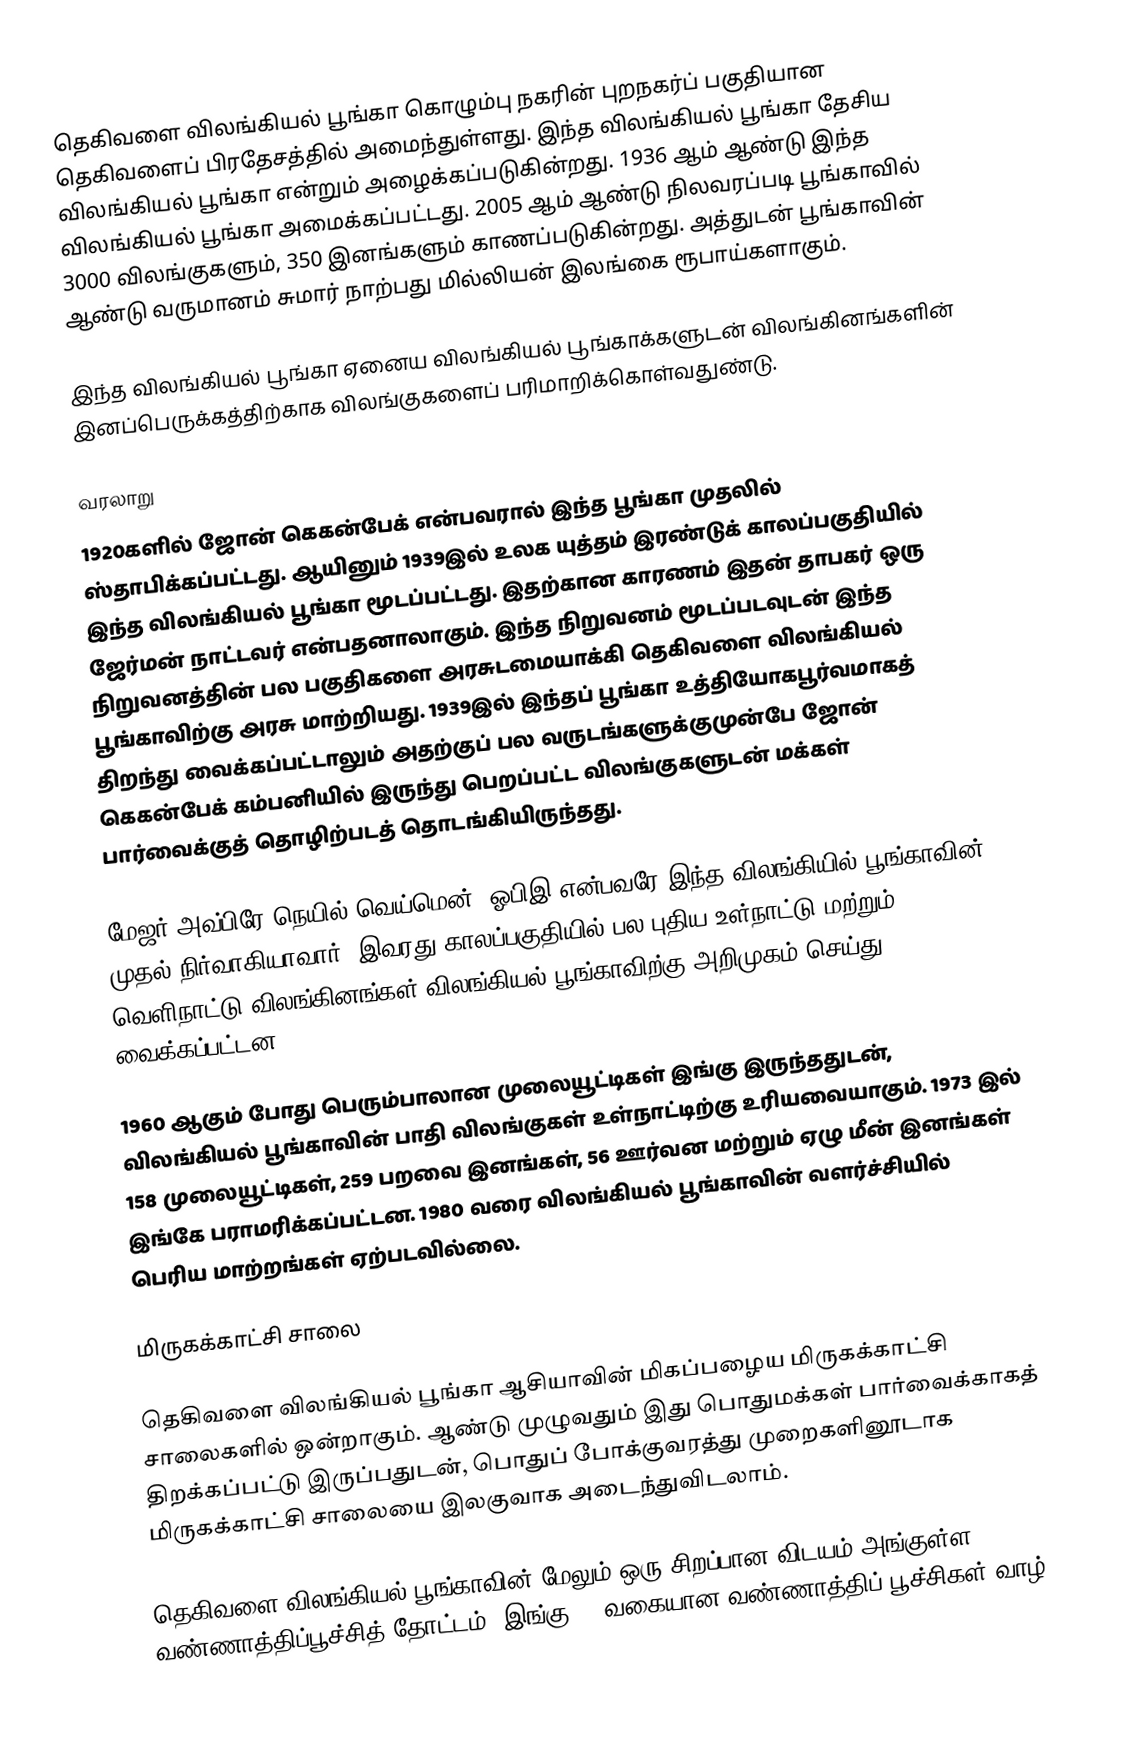
தெகிவளை விலங்கியல் பூங்கா கொழும்பு நகரின் புறநகர்ப் பகுதியான தெகிவளைப் பிரதேசத்தில் அமைந்துள்ளது. இந்த விலங்கியல் பூங்கா தேசிய விலங்கியல் பூங்கா என்றும் அழைக்கப்படுகின்றது. 1936 ஆம் ஆண்டு இந்த விலங்கியல் பூங்கா அமைக்கப்பட்டது. 2005 ஆம் ஆண்டு நிலவரப்படி பூங்காவில் 3000 விலங்குகளும், 350 இனங்களும் காணப்படுகின்றது. அத்துடன் பூங்காவின் ஆண்டு வருமானம் சுமார் நாற்பது மில்லியன் இலங்கை ரூபாய்களாகும்.

இந்த விலங்கியல் பூங்கா ஏனைய விலங்கியல் பூங்காக்களுடன் விலங்கினங்களின் இனப்பெருக்கத்திற்காக விலங்குகளைப் பரிமாறிக்கொள்வதுண்டு.

வரலாறு
1920களில் ஜோன் கெகன்பேக் என்பவரால் இந்த பூங்கா முதலில் ஸ்தாபிக்கப்பட்டது. ஆயினும் 1939இல் உலக யுத்தம் இரண்டுக் காலப்பகுதியில் இந்த விலங்கியல் பூங்கா மூடப்பட்டது. இதற்கான காரணம் இதன் தாபகர் ஒரு ஜேர்மன் நாட்டவர் என்பதனாலாகும். இந்த நிறுவனம் மூடப்படவுடன் இந்த நிறுவனத்தின் பல பகுதிகளை அரசுடமையாக்கி தெகிவளை விலங்கியல் பூங்காவிற்கு அரசு மாற்றியது. 1939இல் இந்தப் பூங்கா உத்தியோகபூர்வமாகத் திறந்து வைக்கப்பட்டாலும் அதற்குப் பல வருடங்களுக்குமுன்பே ஜோன் கெகன்பேக் கம்பனியில் இருந்து பெறப்பட்ட விலங்குகளுடன் மக்கள் பார்வைக்குத் தொழிற்படத் தொடங்கியிருந்தது.

மேஜர் அவ்பிரே நெயில் வெய்மென், ஓபிஇ என்பவரே இந்த விலங்கியில் பூங்காவின் முதல் நிர்வாகியாவார். இவரது காலப்பகுதியில் பல புதிய உள்நாட்டு மற்றும் வெளிநாட்டு விலங்கினங்கள் விலங்கியல் பூங்காவிற்கு அறிமுகம் செய்து வைக்கப்பட்டன.

1960 ஆகும் போது பெரும்பாலான முலையூட்டிகள் இங்கு இருந்ததுடன், விலங்கியல் பூங்காவின் பாதி விலங்குகள் உள்நாட்டிற்கு உரியவையாகும். 1973 இல் 158 முலையூட்டிகள், 259 பறவை இனங்கள், 56 ஊர்வன மற்றும் ஏழு மீன் இனங்கள் இங்கே பராமரிக்கப்பட்டன. 1980 வரை விலங்கியல் பூங்காவின் வளர்ச்சியில் பெரிய மாற்றங்கள் ஏற்படவில்லை.

மிருகக்காட்சி சாலை

தெகிவளை விலங்கியல் பூங்கா ஆசியாவின் மிகப்பழைய மிருகக்காட்சி சாலைகளில் ஒன்றாகும். ஆண்டு முழுவதும் இது பொதுமக்கள் பார்வைக்காகத் திறக்கப்பட்டு இருப்பதுடன், பொதுப் போக்குவரத்து முறைகளினூடாக மிருகக்காட்சி சாலையை இலகுவாக அடைந்துவிடலாம்.

தெகிவளை விலங்கியல் பூங்காவின் மேலும் ஒரு சிறப்பான விடயம் அங்குள்ள வண்ணாத்திப்பூச்சித் தோட்டம். இங்கு 30 வகையான வண்ணாத்திப் பூச்சிகள் வாழ்